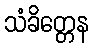
သံခိတ္တေန